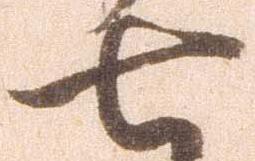
七